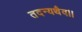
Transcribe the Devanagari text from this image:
तदन्यथैव।।